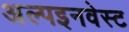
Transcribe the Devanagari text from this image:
अल्पइनवेस्ट